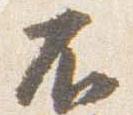
不